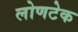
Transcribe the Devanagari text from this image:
लोणटेक